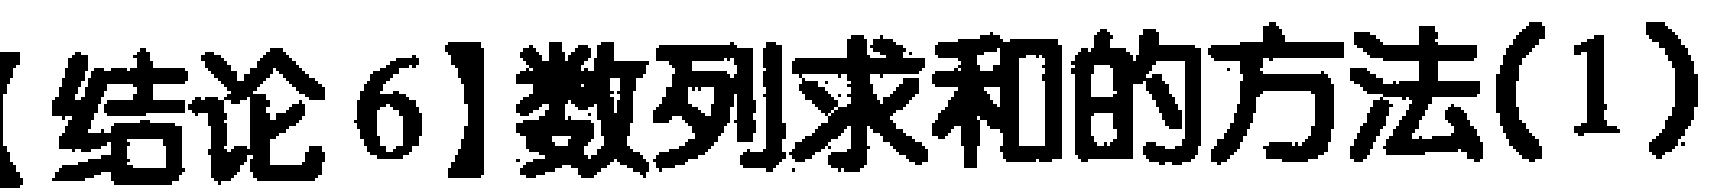
【结论 6】数列求和的方法(1)